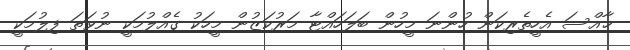
ޚާއްސަ އެހީތެރިކަން ހުންނަ މީހުން ބަލަހައްޓާ މަރުކަޒުން މީހަކު ގެއްލުމަކީ ނުވަތަ ފިލުމަކީ